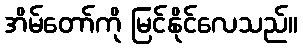
အိမ်တော်ကို မြင်နိုင်လေသည်။